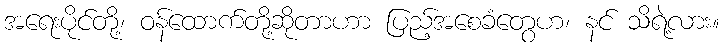
အရေးပိုင်တို့၊ ဝန်ထောက်တို့ဆိုတာဟာ ပြည့်အစေခံတွေဟ၊ နင် သိရဲ့လား။